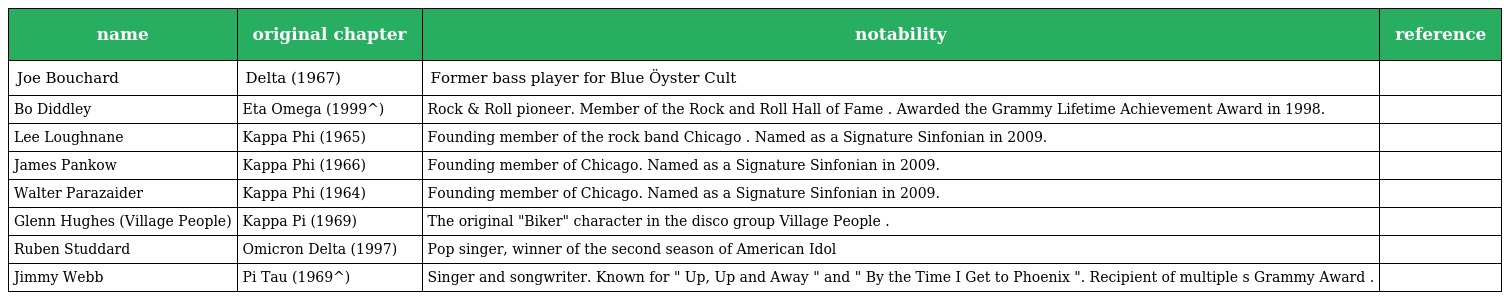
| name | original chapter | notability | reference |
 | --- | --- | --- | --- |
 | Joe Bouchard | Delta (1967) | Former bass player for Blue Öyster Cult |  |
 | Bo Diddley | Eta Omega (1999^) | Rock & Roll pioneer. Member of the Rock and Roll Hall of Fame . Awarded the Grammy Lifetime Achievement Award in 1998. |  |
 | Lee Loughnane | Kappa Phi (1965) | Founding member of the rock band Chicago . Named as a Signature Sinfonian in 2009. |  |
 | James Pankow | Kappa Phi (1966) | Founding member of Chicago. Named as a Signature Sinfonian in 2009. |  |
 | Walter Parazaider | Kappa Phi (1964) | Founding member of Chicago. Named as a Signature Sinfonian in 2009. |  |
 | Glenn Hughes (Village People) | Kappa Pi (1969) | The original "Biker" character in the disco group Village People . |  |
 | Ruben Studdard | Omicron Delta (1997) | Pop singer, winner of the second season of American Idol |  |
 | Jimmy Webb | Pi Tau (1969^) | Singer and songwriter. Known for " Up, Up and Away " and " By the Time I Get to Phoenix ". Recipient of multiple s Grammy Award . |  |